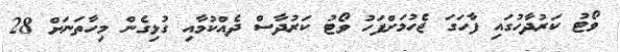
ވޯޓު ކަރުދާހުގައި ފާހަގަ ޖެހުމަށްފަހު ވޯޓު ކަރުދާސް ދެއްކުމާއި ގުޅިގެން މިހާތަނަށް 28